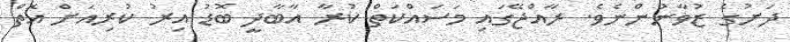
ދަށުގެ ޒުވާނުންނެވެ. ރާއްޖޭގައި މަސައްކަތް ކުރާ އާބާދީ ބޮޑު އިރު ކުރިއަށް އޮތް